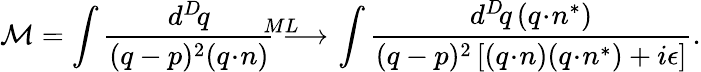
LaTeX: {\cal M}=\int\frac{d^{D}\! q}{(q-p)^{2}(q\! \cdot\! n)}\longrightarrow^{\! \! \! \! \! \! \! \! \! \! \! \! \! \! ML}\int\frac{d^{D}\! q\, (q\! \cdot\! n^{*})}{(q-p)^{2}\left[(q\! \cdot\! n)(q\! \cdot\! n^{*})+i\epsilon\right]}.